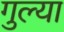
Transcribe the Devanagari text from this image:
गुल्या